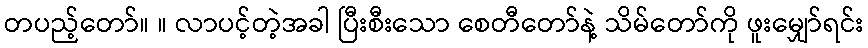
တပည့်တော်။ ။ လာပင့်တဲ့အခါ ပြီးစီးသော စေတီတော်နဲ့ သိမ်တော်ကို ဖူးမျှော်ရင်း